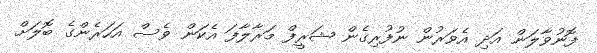
ފޮނުވާލަން އަދި އެވަރުން ނުފުރިގެން ޝަރީފް މަރާލާފަ އެކަން ވެސް އަހަރެންގެ ބޮލަށް